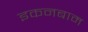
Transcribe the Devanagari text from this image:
इकनबाम